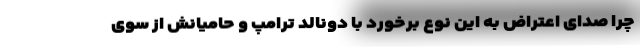
چرا صدای اعتراض به این نوع برخورد با دونالد ترامپ و حامیانش از سوی